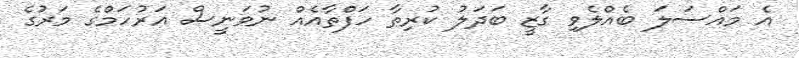
އެ މައްސަލަ ބެއްލެވި ގާޒީ ބަދަލު ކުރިތާ ހަފްތާއެއް ނުވަނީސް އަރުހަމްގެ މަރުގެ